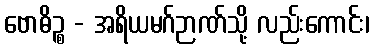
ဗောဓိဉ္စ - အရိယမဂ်ဉာဏ်သို့ လည်းကောင်း၊